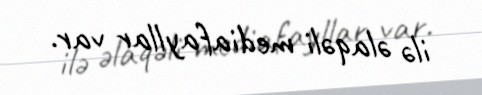
ilə əlaqəli mediafayllar var.